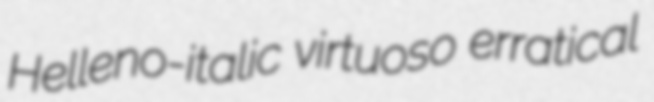
Helleno-italic virtuoso erratical